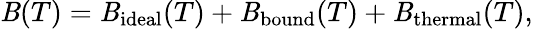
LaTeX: \mathit{B}(T)=\mathit{B}_{\mathrm{{ideal}}}(T)+\mathit{B}_{\mathrm{{bound}}}(T)+\mathit{B}_{\mathrm{{thermal}}}(T),